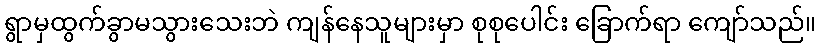
ရွာမှထွက်ခွာမသွားသေးဘဲ ကျန်နေသူများမှာ စုစုပေါင်း ခြောက်ရာ ကျော်သည်။